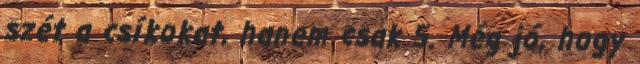
szét a csíkokat, hanem csak 5. Még jó, hogy